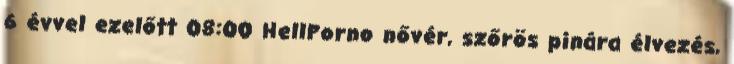
6 évvel ezelőtt 08:00 HellPorno nővér, szőrös pinára élvezés,